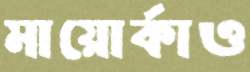
মায়োর্কাও